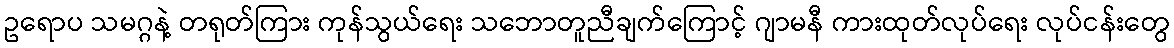
ဥရောပ သမဂ္ဂနဲ့ တရုတ်ကြား ကုန်သွယ်ရေး သဘောတူညီချက်ကြောင့် ဂျာမနီ ကားထုတ်လုပ်ရေး လုပ်ငန်းတွေ